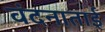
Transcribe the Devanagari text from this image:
वंदनाताई